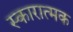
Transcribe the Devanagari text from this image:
स्कारात्मक